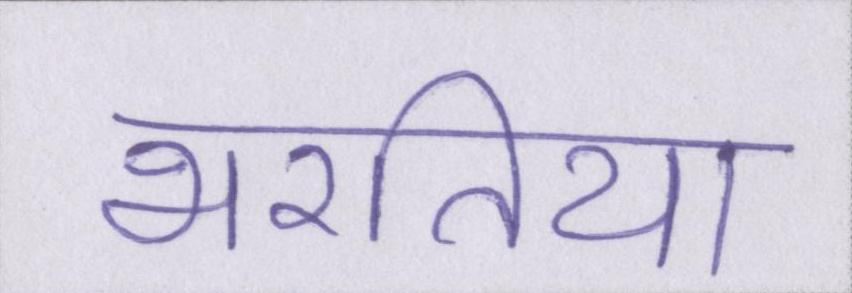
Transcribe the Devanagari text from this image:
भरतिया